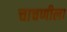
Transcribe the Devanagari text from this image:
चाचणीला